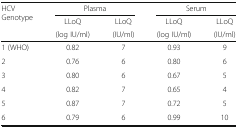
| <ROWSPAN=3> HCV Genotype | <COLSPAN=2> Plasma | <COLSPAN=2> Serum |
 | LLoQ | LLoQ | LLoQ | LLoQ |
 | (log IU/ml) | (IU/ml) | (log IU/ml) | (IU/ml) |
 | --- | --- | --- | --- | --- |
 | 1 (WHO) | 0.82 | 7 | 0.93 | 9 |
 | 2 | 0.76 | 6 | 0.80 | 6 |
 | 3 | 0.80 | 6 | 0.67 | 5 |
 | 4 | 0.82 | 7 | 0.65 | 4 |
 | 5 | 0.87 | 7 | 0.72 | 5 |
 | 6 | 0.79 | 6 | 0.99 | 10 |